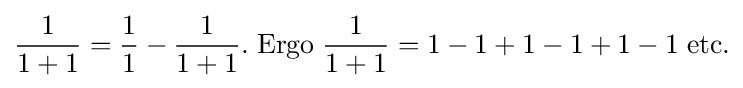
{\frac {1}{1+1}}={\frac {1}{1}}-{\frac {1}{1+1}}.\;\mathrm {Ergo} \;{\frac {1}{1+1}}=1-1+1-1+1-1\;\mathrm {etc.}